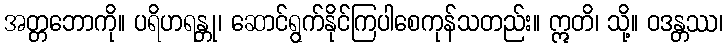
အတ္တဘောကို။ ပရိဟရန္တု၊ ဆောင်ရွက်နိုင်ကြပါစေကုန်သတည်း။ ဣတိ၊ သို့။ ဝဒန္တဿ၊